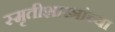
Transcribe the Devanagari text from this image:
स्मृतीशास्त्रांच्या